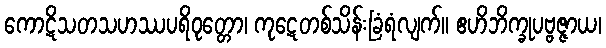
ကောဋိသတသဟဿပရိဝုတ္တော၊ ကုဋေတစ်သိန်းခြံရံလျက်။ ဧဟိဘိက္ခုပဗ္ဗဇ္ဇာယ၊